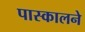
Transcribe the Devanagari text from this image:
पास्कालने